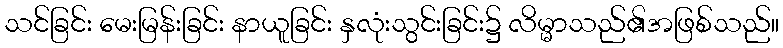
သင်ခြင်း မေးမြန်းခြင်း နာယူခြင်း နှလုံးသွင်းခြင်း၌ လိမ္မာသည်၏အဖြစ်သည်။